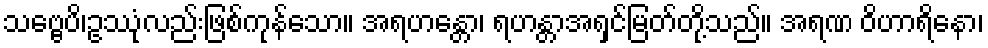
သဗ္ဗေပိ၊ဥဿုံလည်းဖြစ်ကုန်သော။ အရဟန္တော၊ ရဟန္တာအရှင်မြတ်တို့သည်။ အရဏ ဝိဟာရိနော၊